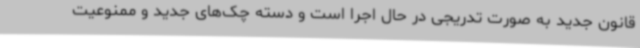
قانون جدید به صورت تدریجی در حال اجرا است و دسته چک‌های جدید و ممنوعیت